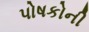
પોષકોની